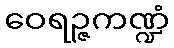
ဝေရဉ္ဇကဏ္ဍံ